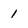
Character: l